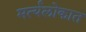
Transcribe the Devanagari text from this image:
मर्त्यलोकात